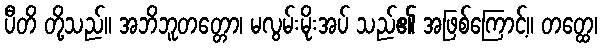
ပီတိ တို့သည်။ အဘိဘူတတ္တော၊ မလွမ်းမိုးအပ် သည်၏ အဖြစ်ကြောင့်။ တတ္ထေ၊